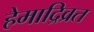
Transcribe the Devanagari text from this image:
हेमाद्रिव्रत